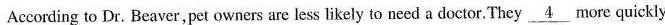
According to Dr. Beaver,pet owners are less likely to need a doctor. They \underline{4} more quickly